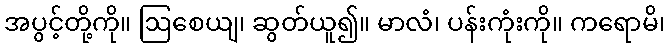
အပွင့်တို့ကို။ ဩစေယျ၊ ဆွတ်ယူ၍။ မာလံ၊ ပန်းကုံးကို။ ကရောမိ၊